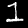
Digit: 1